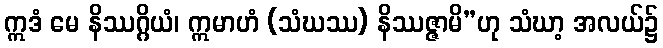
ဣဒံ မေ နိဿဂ္ဂိယံ၊ ဣမာဟံ (သံဃဿ) နိဿဇ္ဇာမိ”ဟု သံဃာ့ အလယ်၌